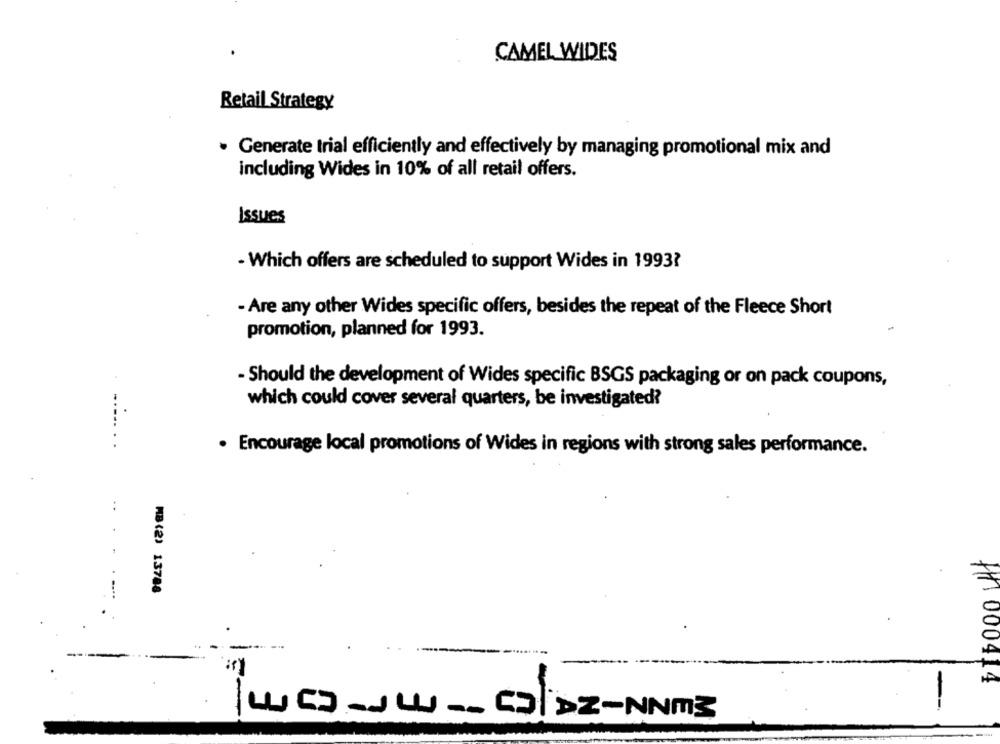
CAMEL WIDES
Retail Strategy
. Generate trial efficiently and effectively by managing promotional mix and
including Wides in 10% of all retail offers.
Issues
- Which offers are scheduled to support Wides in 1993?
- Are any other Wides specific offers, besides the repeat of the Fleece Short
promotion, planned for 1993.
- Should the development of Wides specific BSGS packaging or on pack coupons,
which could cover several quarters, be investigated?
.......
· Encourage local promotions of Wides in regions with strong sales performance.
MB(2) 13788
+1000414
-
LUG-JW -- GODZ-NNM3